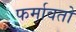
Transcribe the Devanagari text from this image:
फर्मावतो